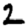
Digit: 2